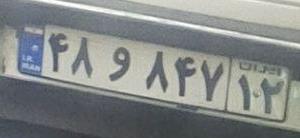
۴۸و۸۴۷۱۲